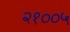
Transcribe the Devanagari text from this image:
२१००५